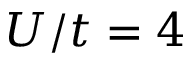
U / t = 4